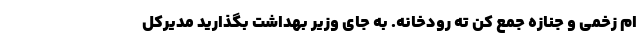
ام زخمی و جنازه جمع کنِ ته رودخانه. به جای وزیر بهداشت بگذارید مدیرکل